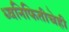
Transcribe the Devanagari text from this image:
ध्वनिफितीचेही